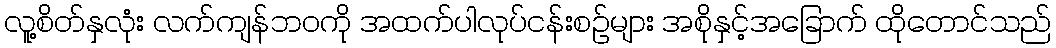
လူ့စိတ်နှလုံး လက်ကျန်ဘဝကို အထက်ပါလုပ်ငန်းစဉ်များ အစိုနှင့်အခြောက် ထိုတောင်သည်